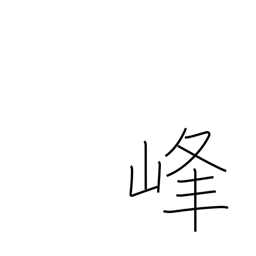
Meaning: summit